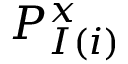
P _ { I ( i ) } ^ { x }